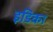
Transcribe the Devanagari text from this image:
इडिका